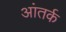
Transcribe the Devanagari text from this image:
आंतर्क